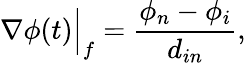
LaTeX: \nabla\phi(t)\Big\vert_{f}=\frac{\phi_{n}-\phi_{i}}{d_{in}},